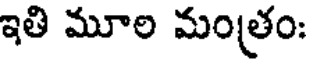
ఇతి మూల మంత్రం: